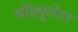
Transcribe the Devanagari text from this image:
मॉड्यूलेटर